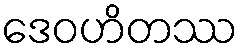
ဒေဝဟိတဿ